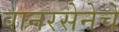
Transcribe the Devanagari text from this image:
वानरसेनेचे